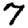
Digit: 7